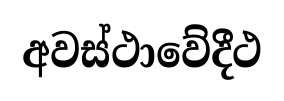
අවස්ථාවේදීථ